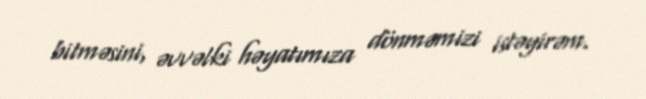
bitməsini, əvvəlki həyatımıza dönməmizi istəyirəm.